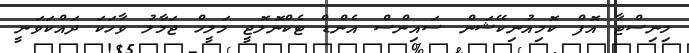
މިނިސްޓާ އޮފް ކޮމިއުނިކޭޝަން ސައިންސް އެންޑް ޓެކްނޮލޮޖީ މަލީހް ޖަމާލު ވާހަކަ ދައްކަވަނީ